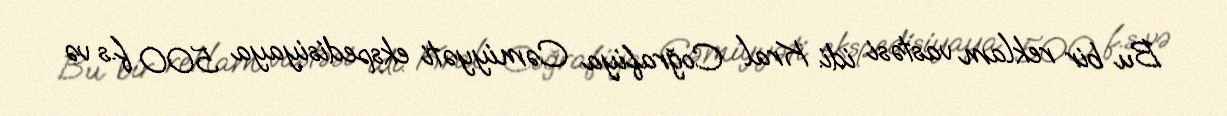
Bu bir reklam vastəsi idi. Kral Coğrafiya Cəmiyyəti ekspedisiyaya 500 f.s və